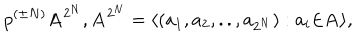
p ^ { ( \pm N ) } { \bf A } ^ { 2 ^ { N } } , { \bf A } ^ { 2 ^ { N } } = \langle ( a _ { 1 } , a _ { 2 } , . . , a _ { 2 ^ { N } } ) : a _ { i } { \in } { \bf A } \rangle ,